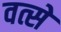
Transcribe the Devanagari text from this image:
वत्से